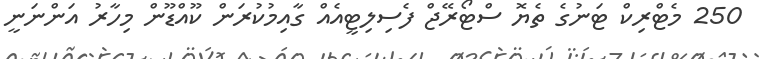
250 މެޓްރިކް ޓަނުގެ ތެޔޮ ސްޓޯރޭޖް ފެސިލިޓީއެއް ގާއިމުކުރަން ކޫއްޑޫން މިހާރު އަންނަނީ